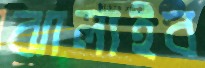
ঝালাইব